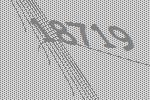
18719